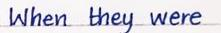
When they were